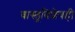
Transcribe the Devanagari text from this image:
वास्तूविशेषही